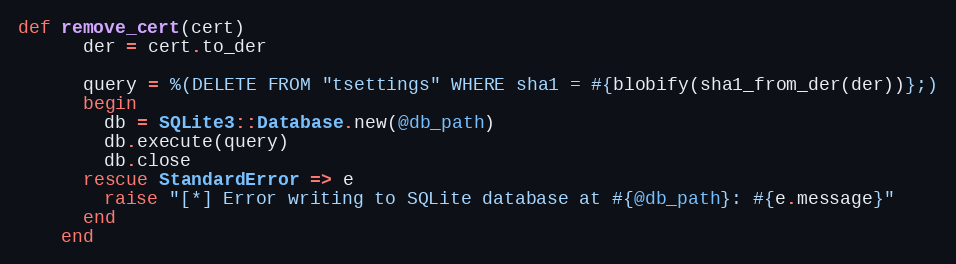
Language: Ruby
def remove_cert(cert)
      der = cert.to_der

      query = %(DELETE FROM "tsettings" WHERE sha1 = #{blobify(sha1_from_der(der))};)
      begin
        db = SQLite3::Database.new(@db_path)
        db.execute(query)
        db.close
      rescue StandardError => e
        raise "[*] Error writing to SQLite database at #{@db_path}: #{e.message}"
      end
    end